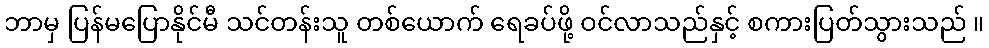
ဘာမှ ပြန်မပြောနိုင်မီ သင်တန်းသူ တစ်ယောက် ရေခပ်ဖို့ ဝင်လာသည်နှင့် စကားပြတ်သွားသည် ။